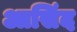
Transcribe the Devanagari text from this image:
आसिंद